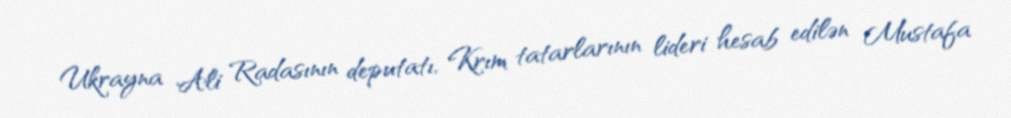
Ukrayna Ali Radasının deputatı, Krım tatarlarının lideri hesab edilən Mustafa